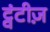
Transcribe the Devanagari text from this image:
ट्वंटीज़